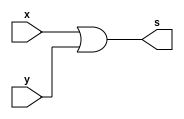
// -------------------------
// Exercicio10 - OR
// Nome: Fbio Fiuza Pereira
// -------------------------
// -------------------------
// -- and gate
// -------------------------
module andgate (output s, input x, input y);
//imput x,y);
assign s= (x|y);
endmodule // orgate
//module or2gate ( output s, imput t, k, z, w);
module or2gate ( output s, input t, input k, input z, input w);

wire temp1, temp2;

//oragate 1(temp1, t, k);
//oragate 2(s, temp1, temp2);
or2gate gate1(temp1, t, k);
or2gate gate2(s, temp1, temp2);

//ormodule // orgate
endmodule

// ---------------------
// -- test and gate
// ---------------------
module testorgate;
// ------------------------- dados locais
reg a, b; // definir registradores
wire s; // definir conexao (fio)
// ------------------------- instancia
andgate OR1 (s, a, b);
// ------------------------- preparacao
initial begin:start
// atribuicao simultanea
// dos valores iniciais
a=0; b=0;
end
// ------------------------- parte principal
initial begin
$display("Exercicio09 - Fbio Fiuza Pereira - 406087");
$display("Test AND gate");
$display("\na & b = s\n");
a=0; b=0;
#1 $display("%b & %b = %b", a, b, s);
a=0; b=1;
#1 $display("%b & %b = %b", a, b, s);
a=1; b=0;
#1 $display("%b & %b = %b", a, b, s);
a=1; b=1;
#1 $display("%b & %b = %b", a, b, s);
end
//ormodule // testandgate
endmodule